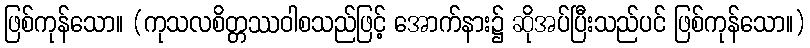
ဖြစ်ကုန်သော။ (ကုသလစိတ္တဿဝါစသည်ဖြင့် အောက်နား၌ ဆိုအပ်ပြီးသည်ပင် ဖြစ်ကုန်သော။)